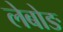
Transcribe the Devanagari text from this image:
लेबोङ